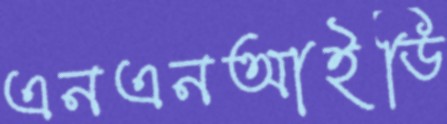
এনএনআইডি